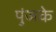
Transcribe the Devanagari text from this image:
पुंजके